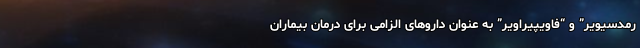
رمدسیویر” و “فاویپیراویر” به عنوان داروهای الزامی برای درمان بیماران